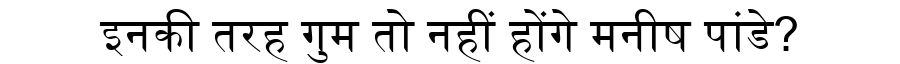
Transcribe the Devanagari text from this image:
इनकी तरह गुम तो नहीं होंगे मनीष पांडे?